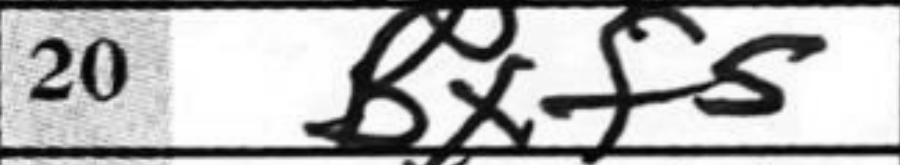
Transcription: Bxf5